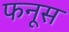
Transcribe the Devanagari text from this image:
फनूस